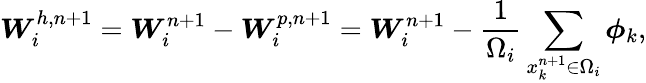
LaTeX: \boldsymbol{W}_{i}^{h,n+1}=\boldsymbol{W}_{i}^{n+1}-\boldsymbol{W}_{i}^{p,n+1}=\boldsymbol{W}_{i}^{n+1}-\frac{1}{\Omega_{i}}\sum_{x_{k}^{n+1}\in\Omega_{i}}\boldsymbol{\phi}_{k},